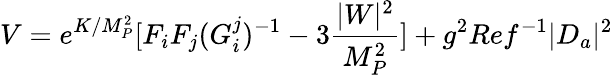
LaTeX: V=e^{K/M_{P}^{2}}[F_{i}F_{j}(G_{i}^{j})^{-1}-3{\frac{|W|^{2}}{M_{P}^{2}}}]+g^{2}Ref^{-1}|D_{a}|^{2}